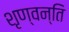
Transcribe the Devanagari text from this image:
शृण्वन्ति